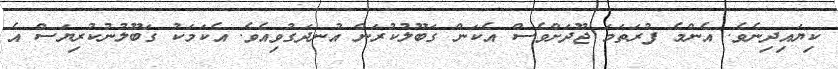
ކިޔައިދިނެވެ. އެންމެ ފުރަތަމަ ޖޫދަށްވެސް އެކަން ގަބޫލުކުރަން އުނދަގުވިއެވެ. އެކަމަކު ގަބޫލުނުކުރިޔަސް އެ